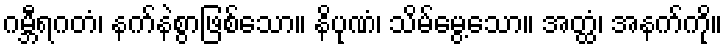
ဂမ္ဘီရဂတံ၊ နက်နဲစွာဖြစ်သော။ နိပုဏံ၊ သိမ်မွေ့သော။ အတ္ထံ၊ အနက်ကို။